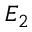
E _ { 2 }